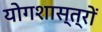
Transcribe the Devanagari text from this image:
योगशास्त्रों